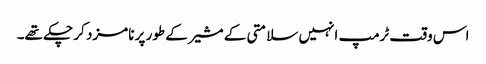
اس وقت ٹرمپ انہیں سلامتی کے مشیر کے طور پر نامزد کر چکے تھے۔